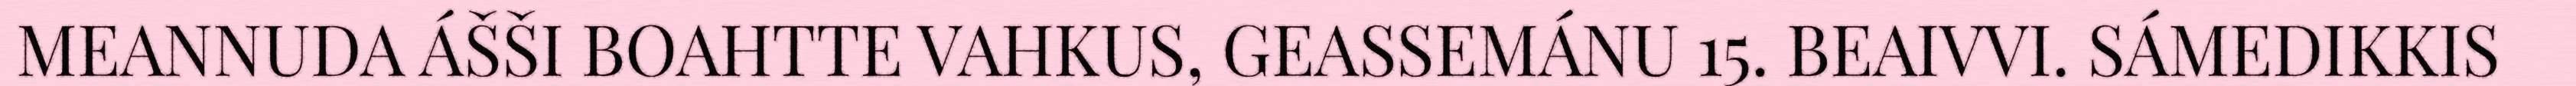
MEANNUDA ÁŠŠI BOAHTTE VAHKUS, GEASSEMÁNU 15. BEAIVVI. SÁMEDIKKIS